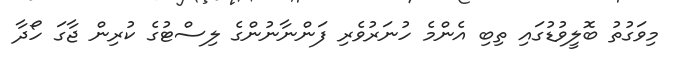
މިވަގުތު ބޮލީވުޑުގައި ތިބި އެންމެ ހުނަރުވެރި ފަންނާނުންގެ ލިސްޓުގެ ކުރިން ޖާގަ ހޯދާ